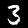
Digit: 3